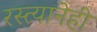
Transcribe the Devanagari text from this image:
रस्त्यानेही